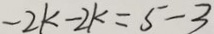
- 2 k - 2 k = 5 - 3